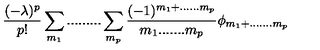
\frac { ( - \lambda ) ^ { p } } { p ! } \sum _ { m _ { 1 } } . . . . . . . . . \sum _ { m _ { p } } \frac { ( - 1 ) ^ { m _ { 1 } + . . . . . . m _ { p } } } { m _ { 1 } . . . . . . . m _ { p } } \phi _ { m _ { 1 } + . . . . . . . m _ { p } }